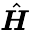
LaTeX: \hat{\boldsymbol H}